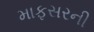
માફસરની